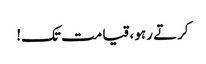
کرتے رہو، قیامت تک!